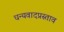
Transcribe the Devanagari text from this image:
धन्यवादप्रस्ताव